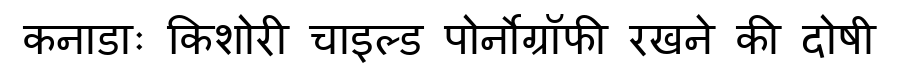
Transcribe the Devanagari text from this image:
कनाडाः किशोरी चाइल्ड पोर्नोग्रॉफी रखने की दोषी